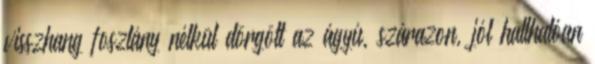
visszhang foszlány nélkül dörgött az ágyú, szárazon, jól hallhatóan